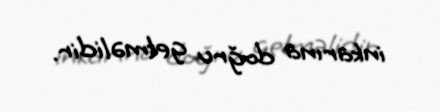
inkarına doğru getməlidir.